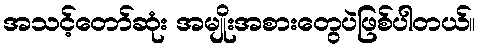
အသင့်တော်ဆုံး အမျိုးအစားတွေပဲဖြစ်ပါတယ်။